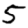
Digit: 5